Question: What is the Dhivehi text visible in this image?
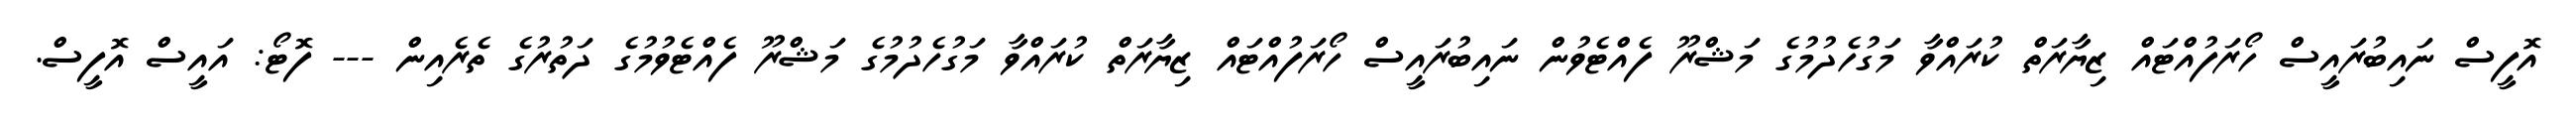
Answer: އޮފީސް ނައިބުރައީސް ހޯރަފުއްޓައް ޒިޔާރަތް ކުރައްވާ މަގުހެދުމުގެ މަޝްރޫ ފެއްޓެވުން ނައިބުރައީސް ހޯރަފުއްޓައް ޒިޔާރަތް ކުރައްވާ މަގުހެދުމުގެ މަޝްރޫ ފެއްޓެވުމުގެ ދަތުރުގެ ތެރެއިން --- ފޮޓޯ: އައީސް އޮފީސް.